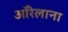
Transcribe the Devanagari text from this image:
ऑरेलाना